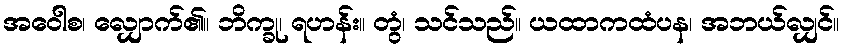
အဝေါစ၊ လျှောက်၏။ ဘိက္ခု၊ ရဟန်း။ တွံ၊ သင်သည်။ ယထာကထံပန၊ အဘယ်လျှင်။